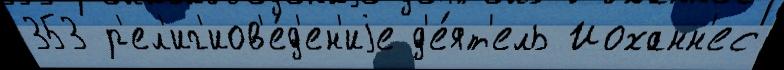
353 р'ел'иг'иов'е́д'ен'иjе д'е́ят'ель Иоханн'ес